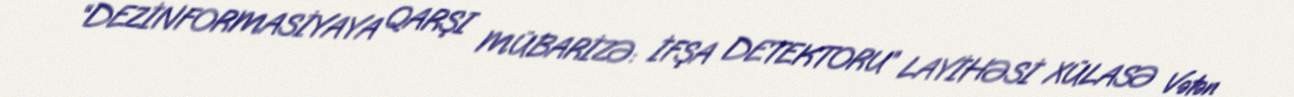
“DEZİNFORMASİYAYA QARŞI MÜBARİZƏ: İFŞA DETEKTORU” LAYİHƏSİ XÜLASƏ Vətən